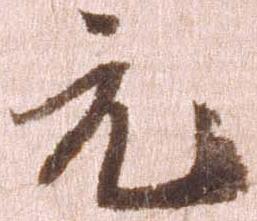
元